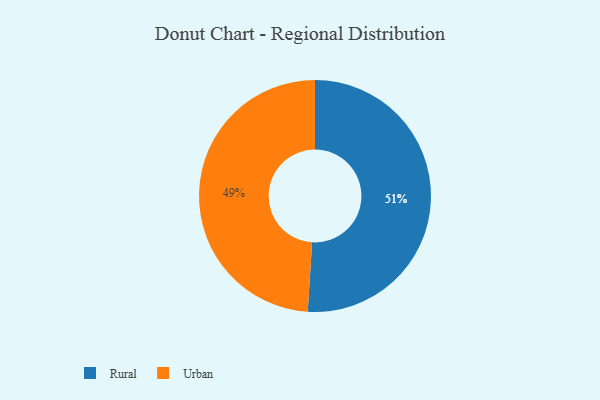
{"axis": {"x": "Category", "y": "Percentage"}, "legend": ["Rural", "Urban"], "data": [{"x": "Rural", "y": 51, "type": "Rural"}, {"x": "Urban", "y": 49, "type": "Urban"}]}